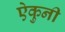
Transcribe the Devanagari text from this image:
ऐकुनी